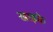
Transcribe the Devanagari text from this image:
खाइके